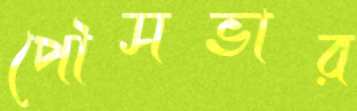
পৌসভার